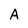
Character: A